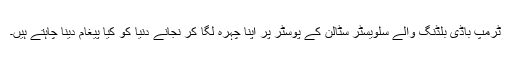
ٹرمپ باڈی بلڈنگ والے سلویسٹر سٹالن کے پوسٹر پر اپنا چہرہ لگا کر نجانے دنیا کو کیا پیغام دینا چاہتے ہیں۔